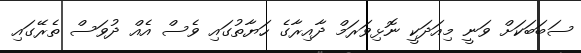
ސަބަބަކަށް ވަނީ މިއަދަކީ ނޮޅިވަރަމް ދާއިރާގެ ހަޔާތުގައި ވެސް އެއް ދުވަސް ތެރޭގައި